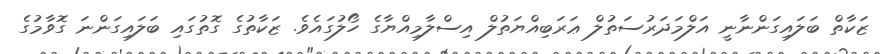
ޒަކާތް ބަލައިގަންނާނީ އަލްމަދަރުސަތުލް ޢަރަބިއްޔަތުލް އިސްލާމިއްޔާގެ ހޯލުގައެވެ. ޒަކާތުގެ ގޮތުގައި ބަލައިގަންނަ ގޮވާމުގެ